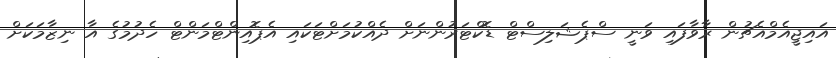
އައިޖީއެމްއެޗުން ރާވާފައި ވަނީ ސްޕެޝަލިސްޓް ޑޮކްޓަރުންނަށް ދެއްކުމަށްޓަކައި އެޕޮއިންޓްމަންޓް ހެދުމުގެ އާ ނިޒާމަކަށް